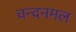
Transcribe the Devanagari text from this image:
चन्दनमल